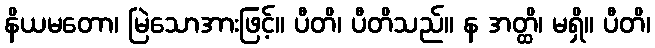
နိယမတော၊ မြဲသောအားဖြင့်။ ပီတိ၊ ပီတိသည်။ န အတ္ထိ၊ မရှိ။ ပီတိ၊